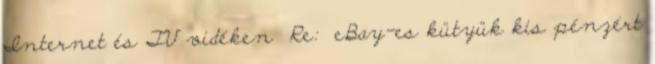
Internet és TV vidéken Re: eBay-es kütyük kis pénzért